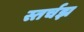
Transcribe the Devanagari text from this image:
स्तर्चझ